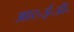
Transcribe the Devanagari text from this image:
आर॰ई॰डी॰